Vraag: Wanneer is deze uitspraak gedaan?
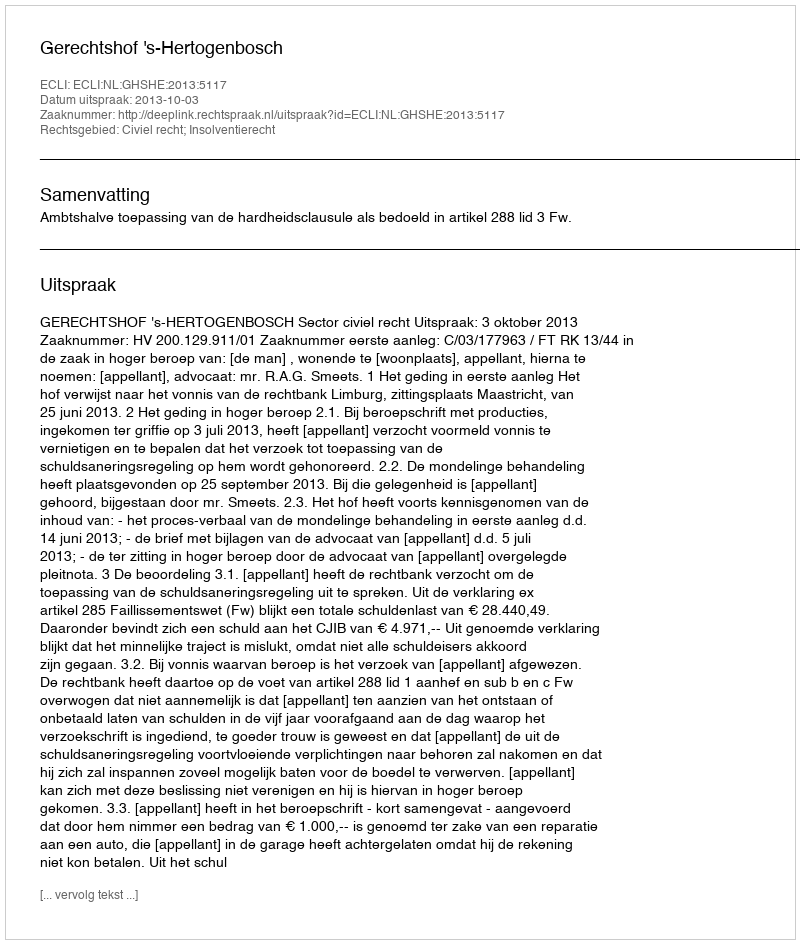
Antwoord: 2013-10-03